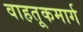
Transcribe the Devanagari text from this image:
वाहतूकमार्ग